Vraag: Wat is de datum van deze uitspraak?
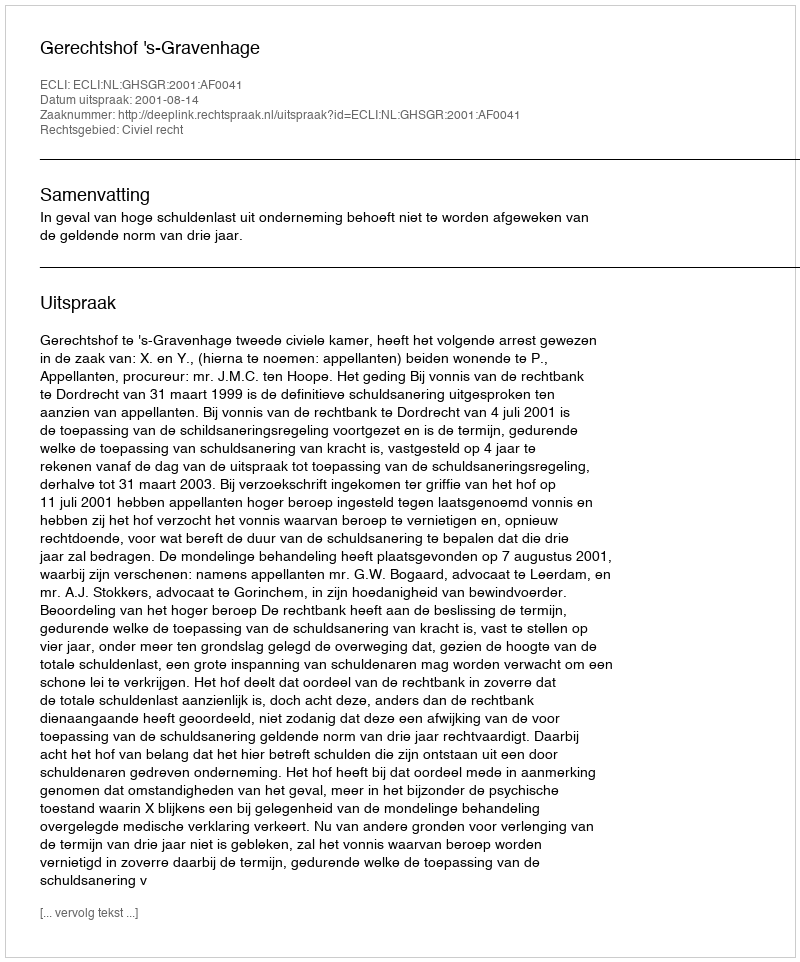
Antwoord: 2001-08-14